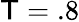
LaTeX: \mathsf{T}=.8